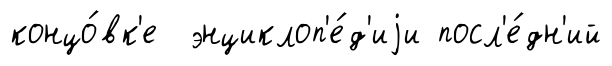
концо́вк'е энциклоп'е́д'иjи посл'е́дн'ий